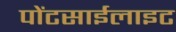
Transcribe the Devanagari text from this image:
पोंटसाईलाइट